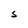
Character: S